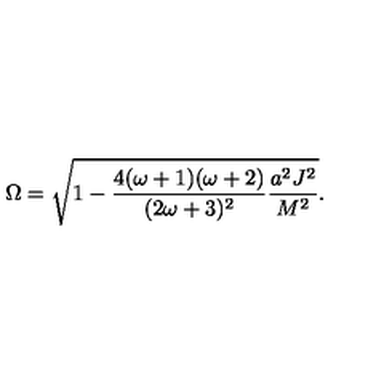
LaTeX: \Omega = \sqrt { 1 - \frac { 4 ( \omega + 1 ) ( \omega + 2 ) } { ( 2 \omega + 3 ) ^ { 2 } } \frac { a ^ { 2 } J ^ { 2 } } { M ^ { 2 } } } .